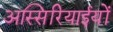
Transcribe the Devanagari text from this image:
अस्सिरियाईयों